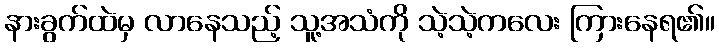
နားခွက်ထဲမှ လာနေသည့် သူ့အသံကို သဲ့သဲ့ကလေး ကြားနေရ၏။